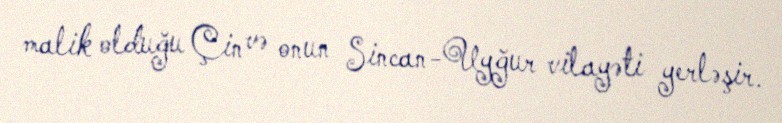
malik olduğu Çin və onun Sincan-Uyğur vilayəti yerləşir.